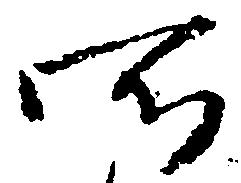
所